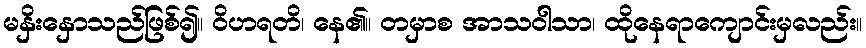
မနှိးနှောသည်ဖြစ်၍။ ဝိဟရတိ၊ နေ၏။ တမှာစ အာသဝါသာ၊ ထိုနေရာကျောင်းမှလည်း။